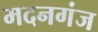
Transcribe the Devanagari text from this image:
मदनगंज